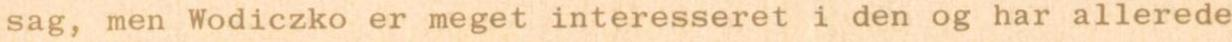
sag, men Wodiczko er meget interesseret i den og har allerede